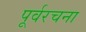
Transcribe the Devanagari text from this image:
पूर्वरचना